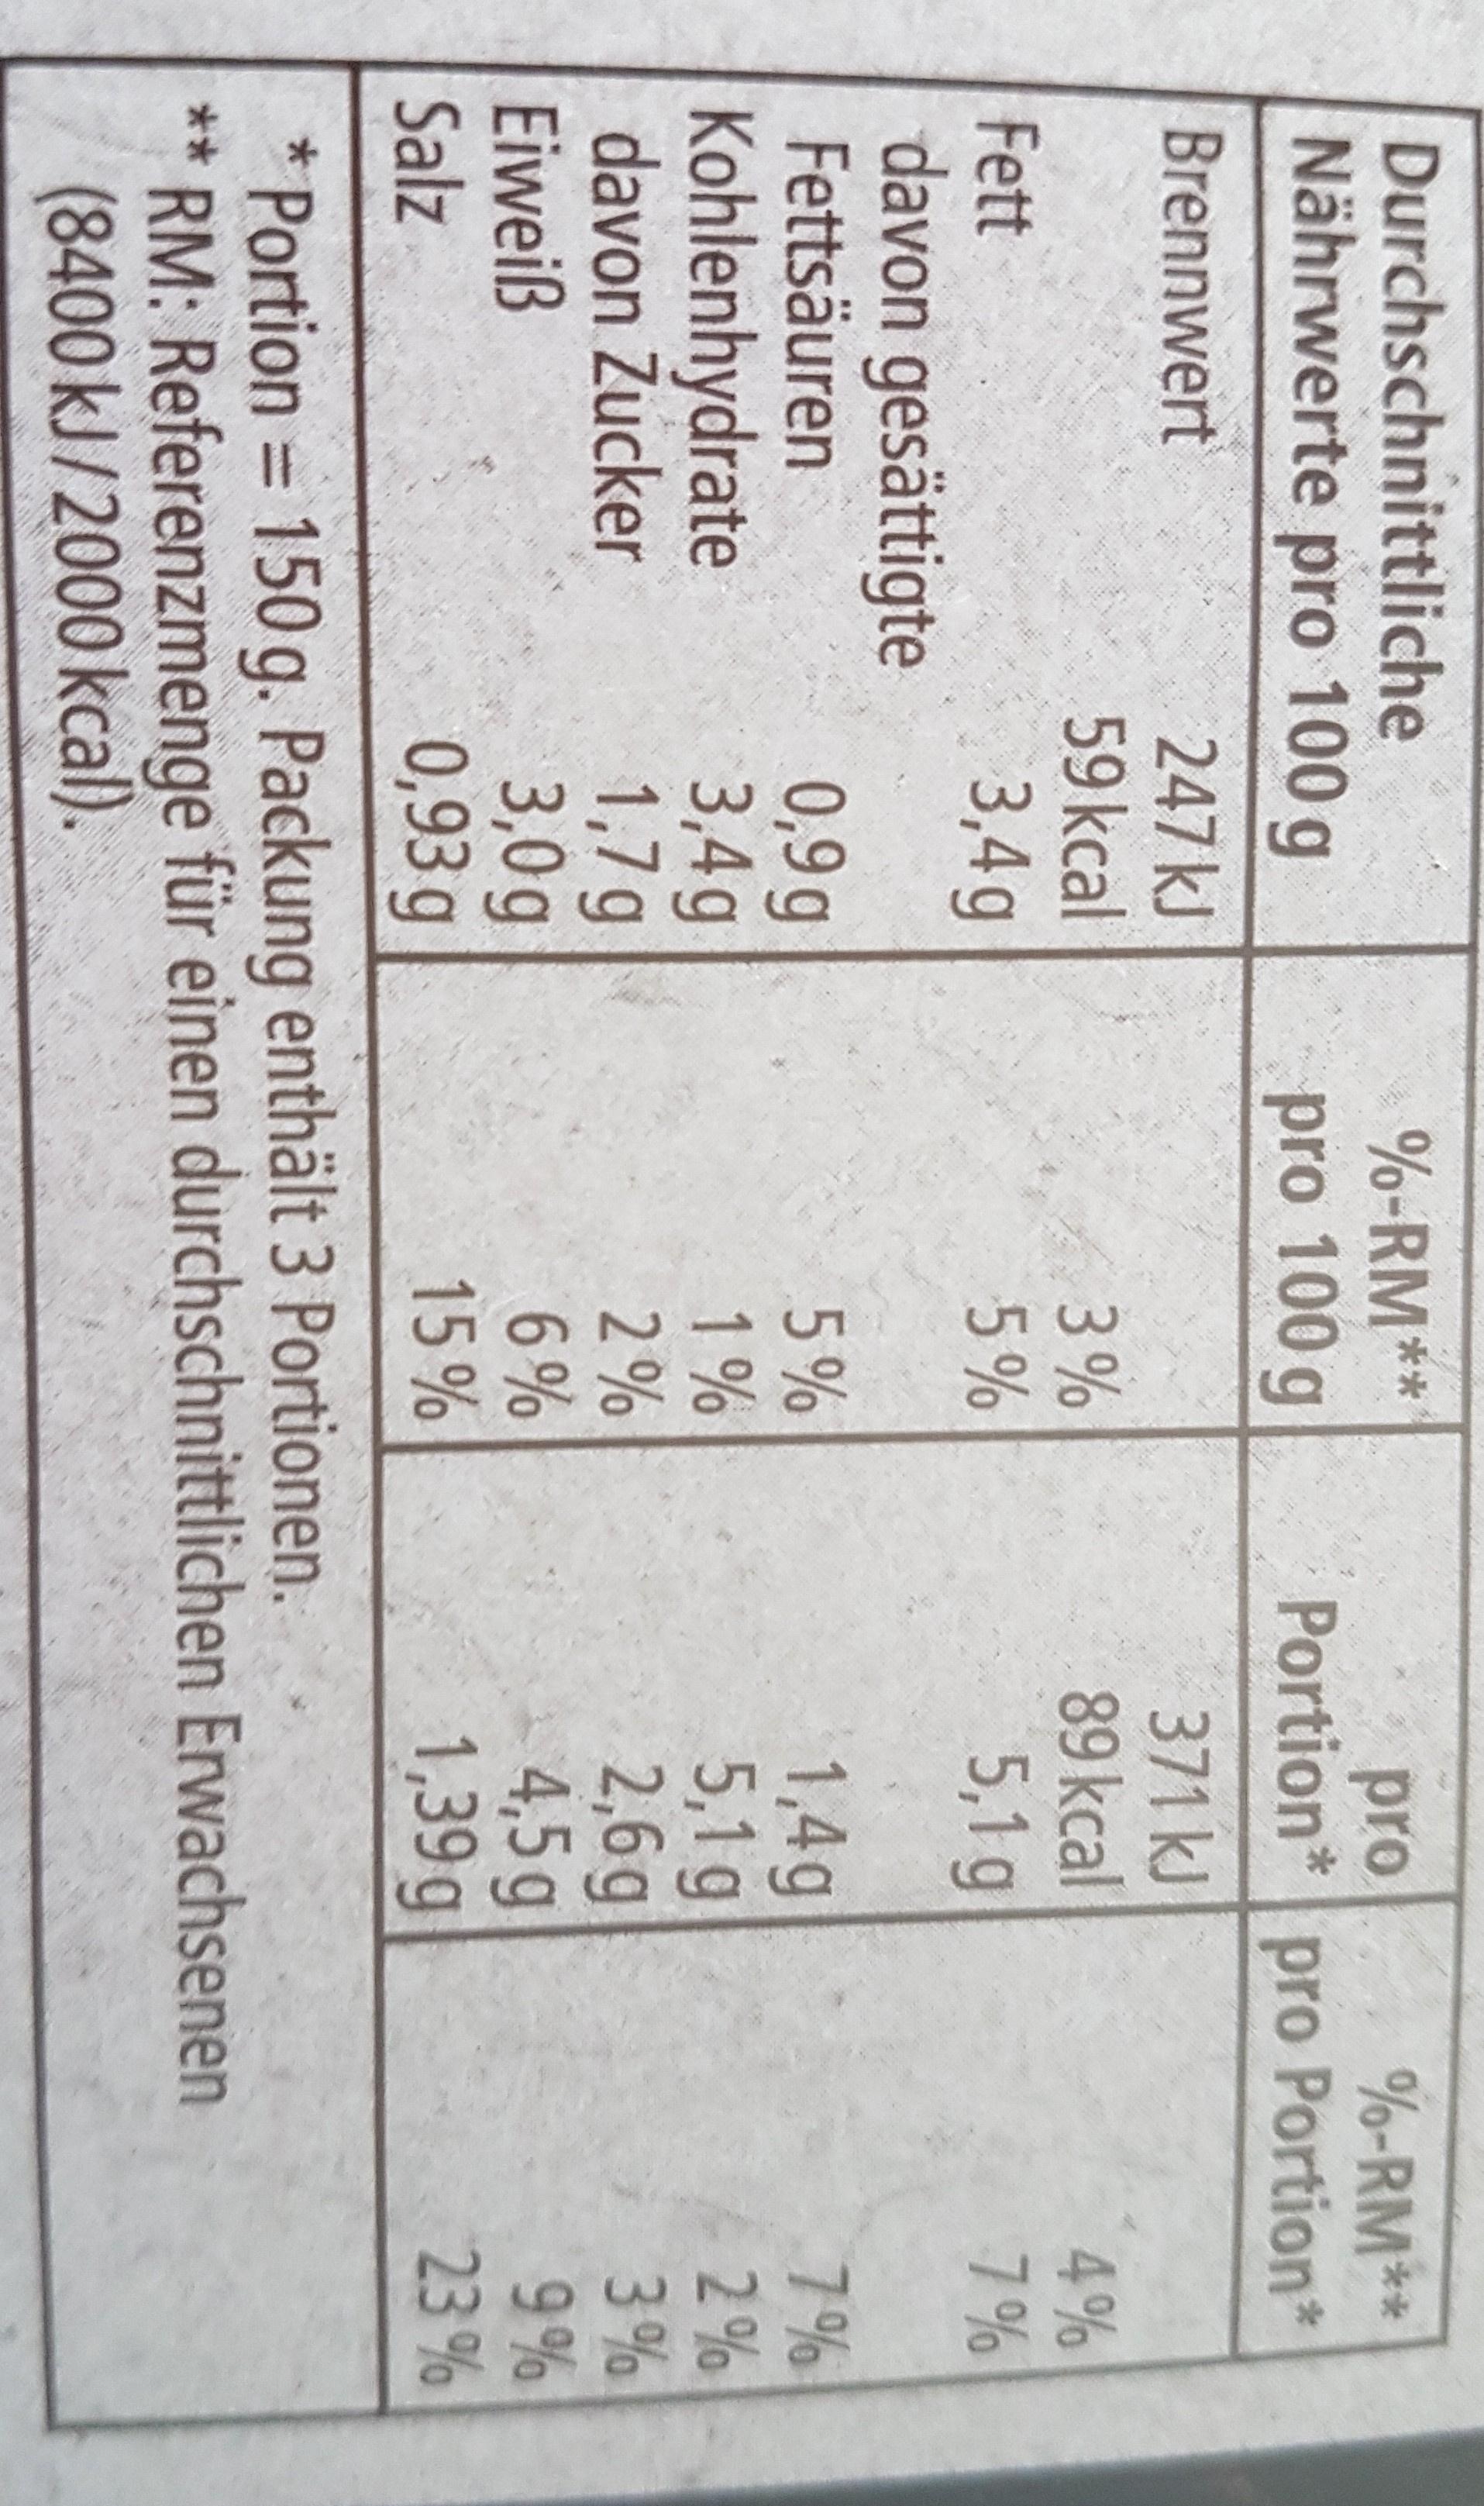
Durchschnittliche Nährwerte pro 100 g %-RM** pro 100 g pro %-RM* Portion* pro Portion* 371 kJ 89 kcal 5,1 g Brennwert 247kJ 59 kcal 3,4g 3% 5% 4% 7% Fett davon gesättigte Fettsäuren Kohlenhydrate davon Zucker Eiweiß Salz 0,9 g 3,4g 1,7 g 3,0g 0,93 g 5% 1% 2% 6% 15 % 1,4g 5,1 g 2,6g 4,5g 1,39g 7% 2% 3% 9% 23 % Portion = 150 g. Packung enthält 3 Portionen. RM: Referenzmenge für einen durchschnittlichen Erwachsenen (8400kJ/2000 kcal). *